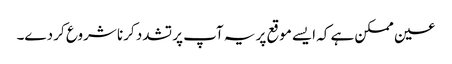
عین ممکن ہے کہ ایسے موقع پر یہ آپ پر تشدد کرنا شروع کر دے۔